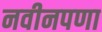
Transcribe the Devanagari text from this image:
नवीनपणा